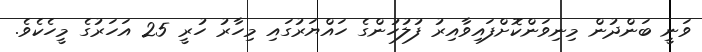
ވަނީ ބަންދުން މިނިވަންކޮށްފައިވާއިރު ފުލުހުންގެ ހައްޔަރުގައި މިހާރު ހުރީ 25 އަހަރުގެ މީހެކެވެ.